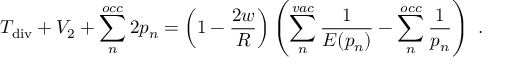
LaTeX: T _ { \mathrm { d i v } } + V _ { 2 } + \sum _ { n } ^ { o c c } 2 p _ { n } = \left( 1 - \frac { 2 w } { R } \right) \left( \sum _ { n } ^ { v a c } \frac { 1 } { E ( p _ { n } ) } - \sum _ { n } ^ { o c c } \frac { 1 } { p _ { n } } \right) \ .